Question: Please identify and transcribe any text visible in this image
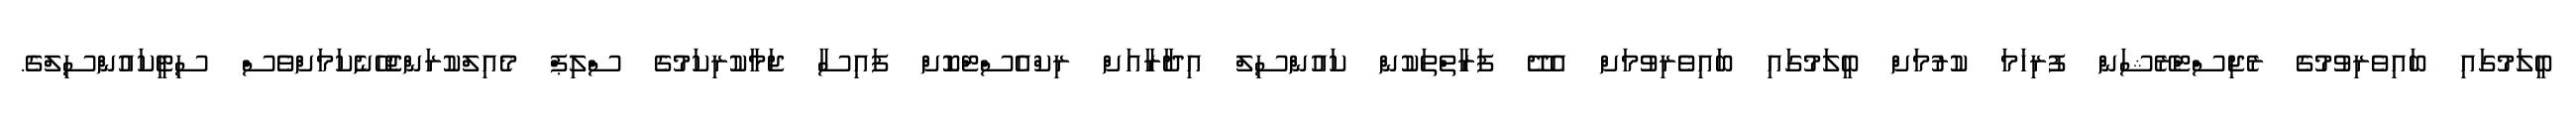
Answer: ބީލަމުގައި ބައިވެރިވުމުގެ ރެޖިސްޓްރޭޝަން ފުރިހަމަ ކުރުމަށް ބީލަމުގައި ބައިވެރިވުމަށް އެދޭ ފަރާތްތަކުން ކައުންސިލް އިދާރާއަށް ރިކްއެސްޓްކޮށް ފައިސާ ޖަމާކުރިކަމުގެ ސްލިޕް މެއިލްކުރަންޖެހޭނެކަމަށްވެސް ސިޓީކައުންސިލްގެ.